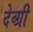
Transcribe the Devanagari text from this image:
देव्ग्री